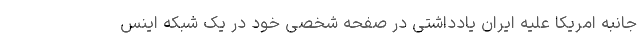
جانبه امریکا علیه ایران یادداشتی در صفحه شخصی خود در یک شبکه اینس